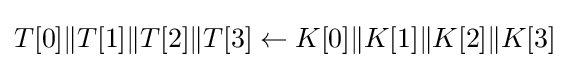
T[0]\|T[1]\|T[2]\|T[3]\leftarrow K[0]\|K[1]\|K[2]\|K[3]